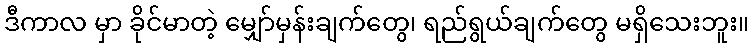
ဒီကာလ မှာ ခိုင်မာတဲ့ မျှော်မှန်းချက်တွေ၊ ရည်ရွယ်ချက်တွေ မရှိသေးဘူး။